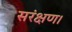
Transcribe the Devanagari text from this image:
सरंक्षण।